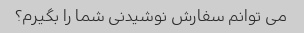
می توانم سفارش نوشیدنی شما را بگیرم؟